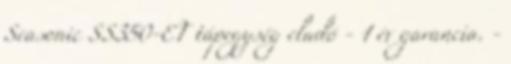
Seasonic SS350-ET tápegység eladó - 1 év garancia. -